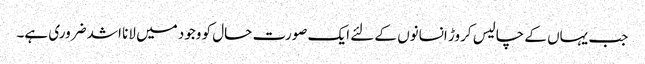
جب یہاں کے چالیس کروڑ انسانوں کے لئے ایک صورت حال کو وجود میں لانا اشد ضروری ہے۔